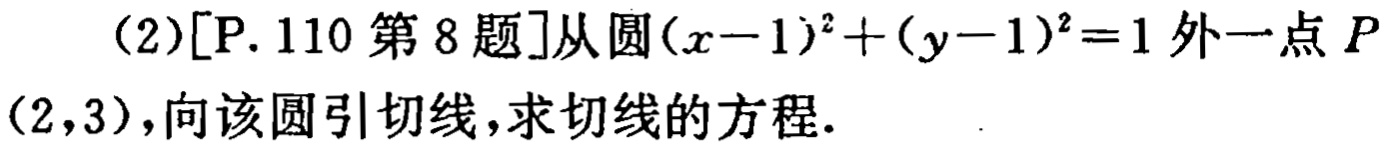
(2)[P. 110第8题]从圆\((x - 1)^2 + (y - 1)^2 = 1\)外一点\(P(2,3)\)，向该圆引切线，求切线的方程.